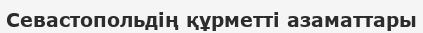
Севастопольдің құрметті азаматтары